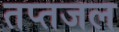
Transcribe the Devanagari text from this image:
तप्तजल